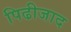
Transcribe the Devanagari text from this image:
पिढीजाद